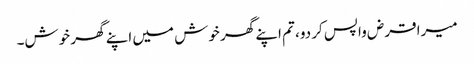
میرا قرض واپس کر دو، تم اپنے گھر خوش میں اپنے گھر خوش۔